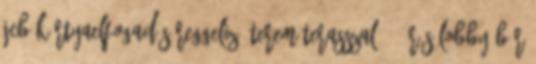
JCB kártyaelfogadás Reggeliző terem terasszal 24 órás Lobby Bár